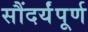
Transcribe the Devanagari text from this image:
सौंदर्यंपूर्ण